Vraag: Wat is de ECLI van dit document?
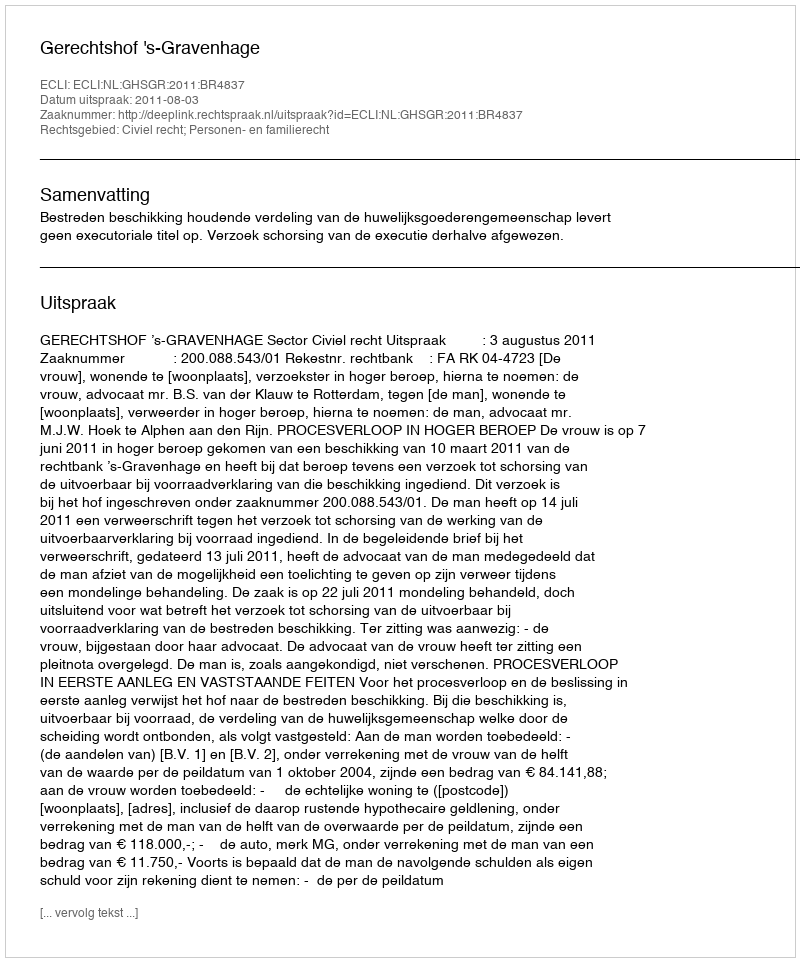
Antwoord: ECLI:NL:GHSGR:2011:BR4837